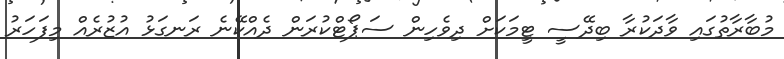
މުބާރާތުގައި ވާދަކުރާ ބިދޭސީ ޓީމަކަށް ދިވެހިން ސަޕޯޓްކުރަން ދެއްކޭނެ ރަނގަޅު އުޒުރެއް މިފަހަރު